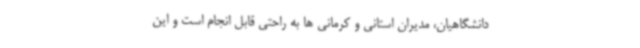
دانشگاهیان، مدیران استانی و کرمانی ها به راحتی قابل انجام است و این